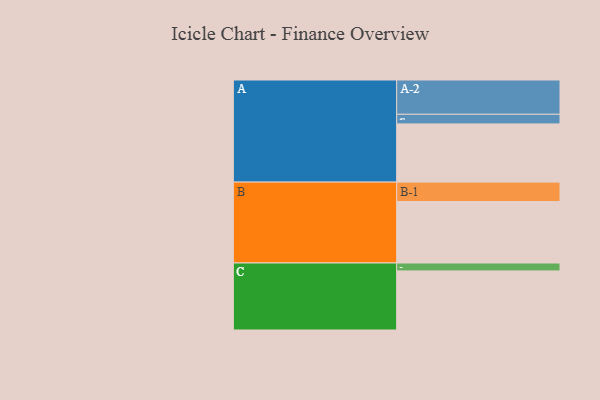
{"axis": {"x": "Segment", "y": "Value"}, "legend": ["", "A", "B", "C"], "data": [{"x": "A", "y": 411, "type": ""}, {"x": "B", "y": 434, "type": ""}, {"x": "C", "y": 417, "type": ""}, {"x": "A-1", "y": 68, "type": "A"}, {"x": "A-2", "y": 242, "type": "A"}, {"x": "B-1", "y": 137, "type": "B"}, {"x": "C-1", "y": 56, "type": "C"}]}